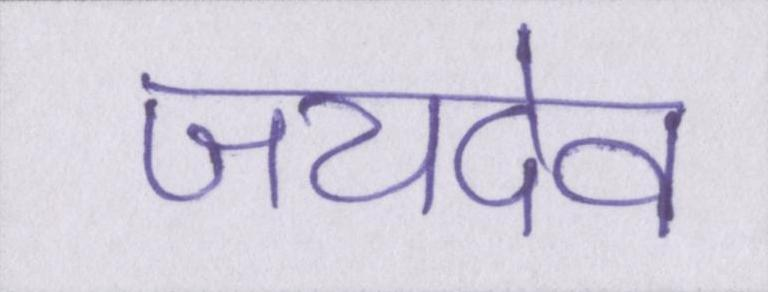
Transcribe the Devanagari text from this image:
जयदेव